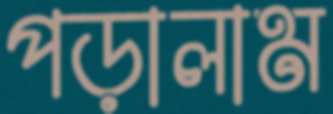
পড়ালাম